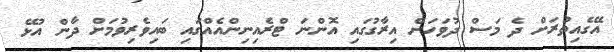
އޭގެއިތުރަށް ދެ މަސް ދުވަހަށް އިރާގުގައި އޮންނަ ޓްރެއިނިންއެއްގައި ބައިވެރިވުމަށް ދާން އުޅޭ